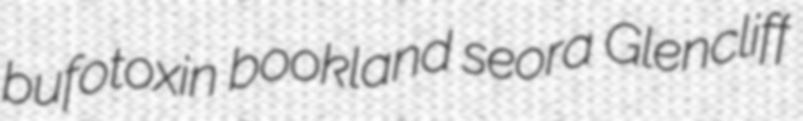
bufotoxin bookland seora Glencliff